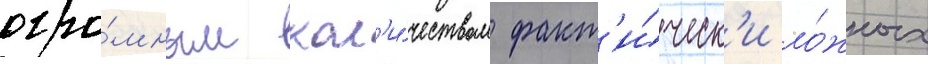
огро́мным кол'и́чеством факт'и́ческ'и ло́жных